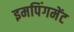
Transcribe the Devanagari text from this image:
इमपिंगमेंट